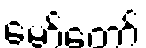
မော်တော်